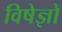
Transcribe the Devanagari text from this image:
विषेज्ञों